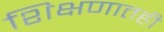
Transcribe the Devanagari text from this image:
शिक्षणातही